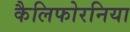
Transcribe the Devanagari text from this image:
कैलिफोरनिया